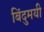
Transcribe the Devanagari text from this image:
बिंदुमयी